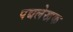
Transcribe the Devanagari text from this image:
पद्यलेखक